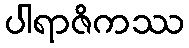
ပါရာဇိကဿ